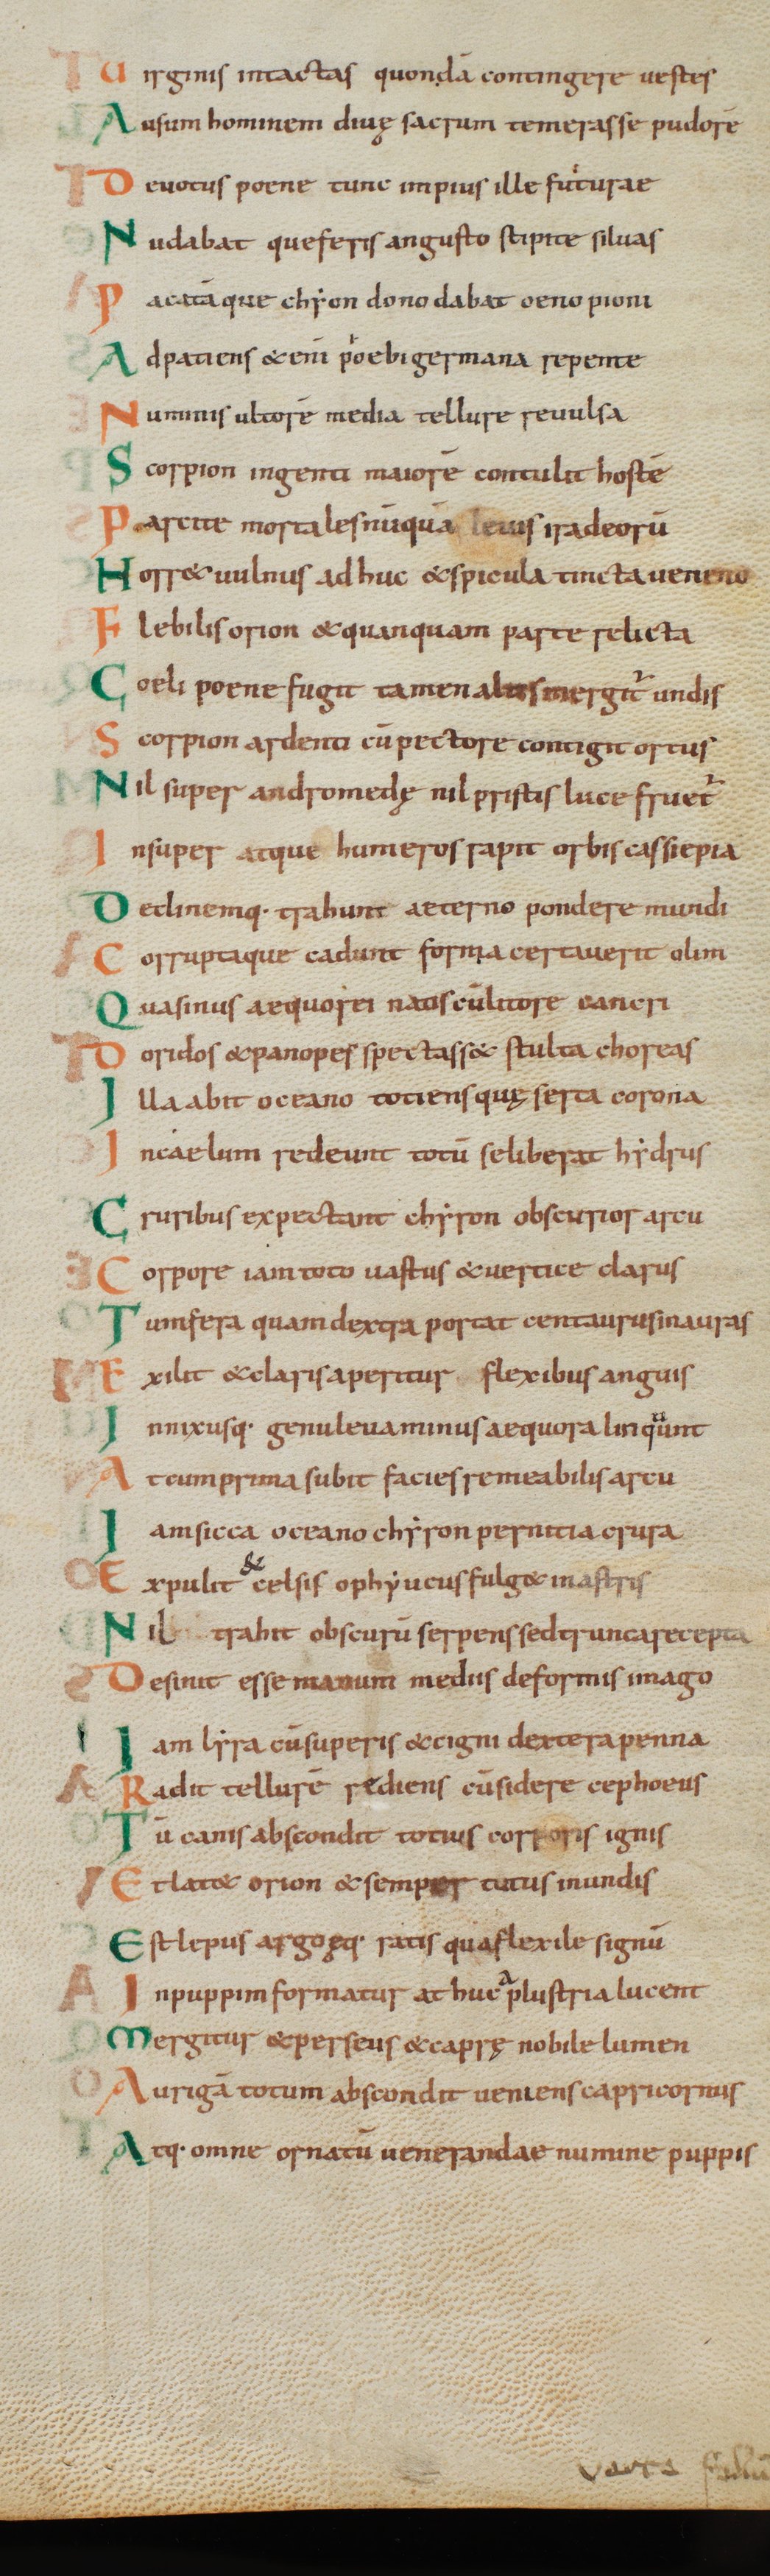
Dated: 1000–1028